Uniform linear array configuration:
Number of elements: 64
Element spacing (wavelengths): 1
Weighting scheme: kaiser
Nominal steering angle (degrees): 45
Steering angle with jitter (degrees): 43.15
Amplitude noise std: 0.05
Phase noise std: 0.05

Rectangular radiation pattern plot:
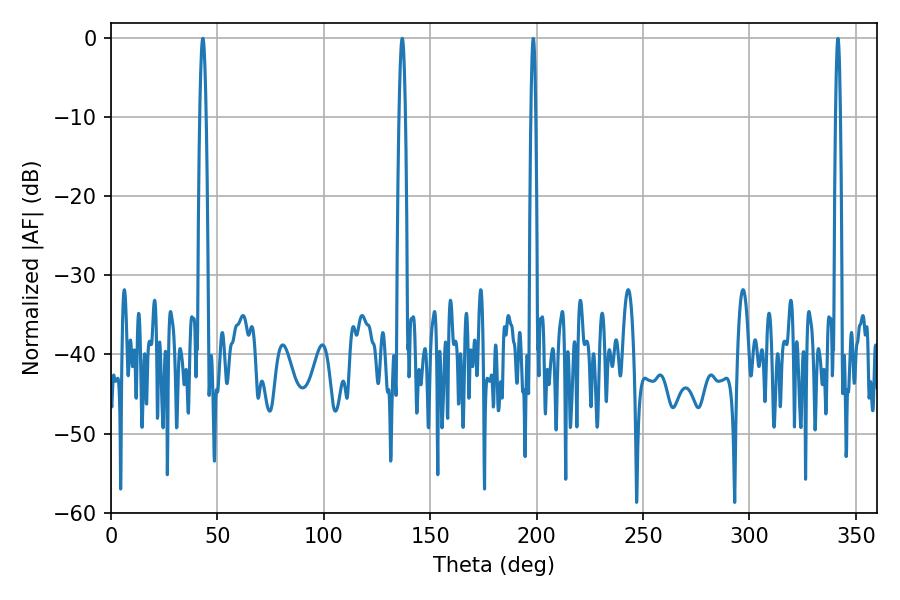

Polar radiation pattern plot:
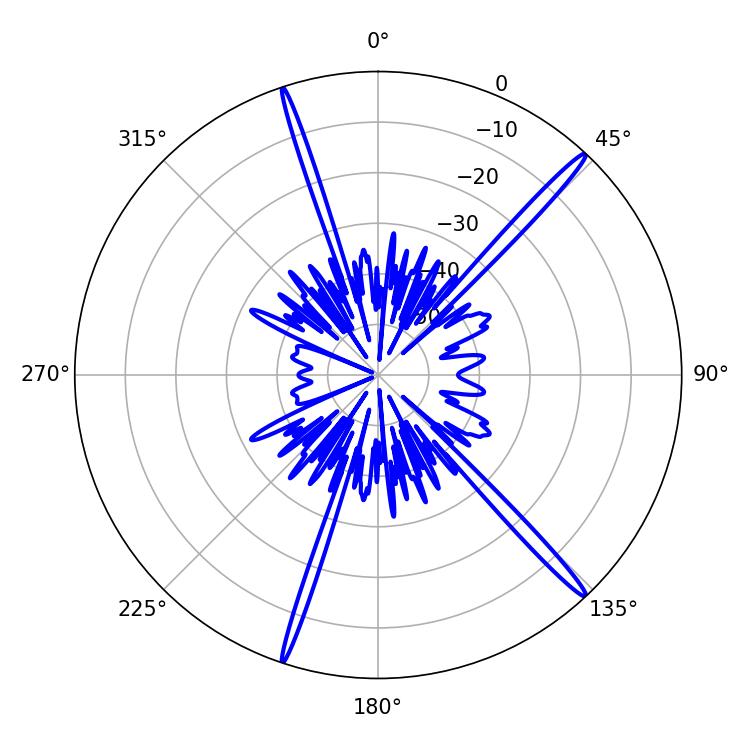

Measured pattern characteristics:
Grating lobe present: TRUE
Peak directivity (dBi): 18.511
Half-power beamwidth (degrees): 1.62
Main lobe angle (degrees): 136.8